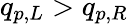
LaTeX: q_{p,L}>q_{p,R}